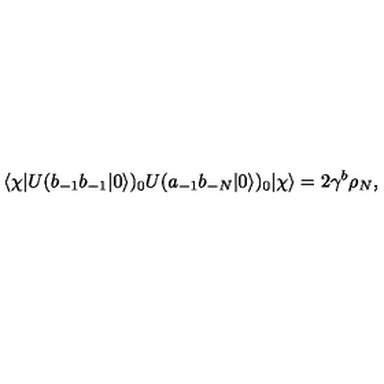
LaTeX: \langle \chi | U ( b _ { - 1 } b _ { - 1 } | 0 \rangle ) _ { 0 } U ( a _ { - 1 } b _ { - N } | 0 \rangle ) _ { 0 } | \chi \rangle = 2 \gamma ^ { b } \rho _ { N } ,